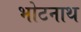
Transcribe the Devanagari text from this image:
भोटनाथ